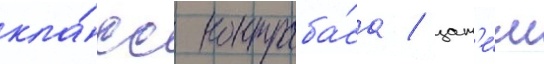
кла́сс контраба́са / зат'е́м